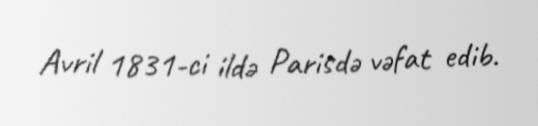
Avril 1831-ci ildə Parisdə vəfat edib.